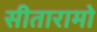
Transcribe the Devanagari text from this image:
सीतारामो